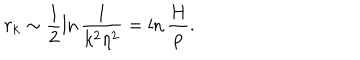
r _ { k } \sim \frac { 1 } { 2 } \ln \frac { 1 } { k ^ { 2 } \eta ^ { 2 } } = \ln \frac { H } { p } .